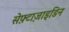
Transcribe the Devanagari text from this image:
सेफ़्टाज़ाइडिन